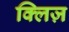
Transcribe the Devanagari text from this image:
क्लिज़